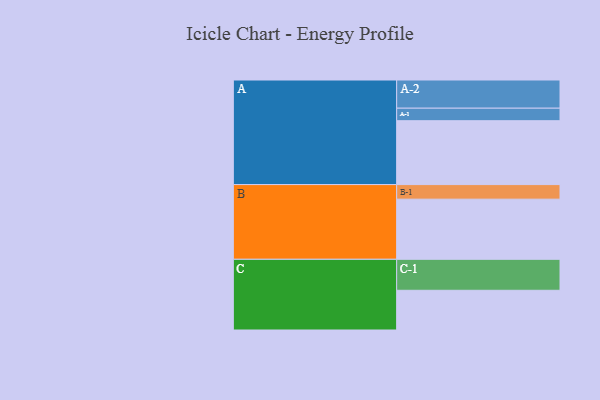
{"axis": {"x": "Segment", "y": "Value"}, "legend": ["", "A", "B", "C"], "data": [{"x": "A", "y": 526, "type": ""}, {"x": "B", "y": 495, "type": ""}, {"x": "C", "y": 327, "type": ""}, {"x": "A-1", "y": 103, "type": "A"}, {"x": "A-2", "y": 232, "type": "A"}, {"x": "B-1", "y": 120, "type": "B"}, {"x": "C-1", "y": 255, "type": "C"}]}